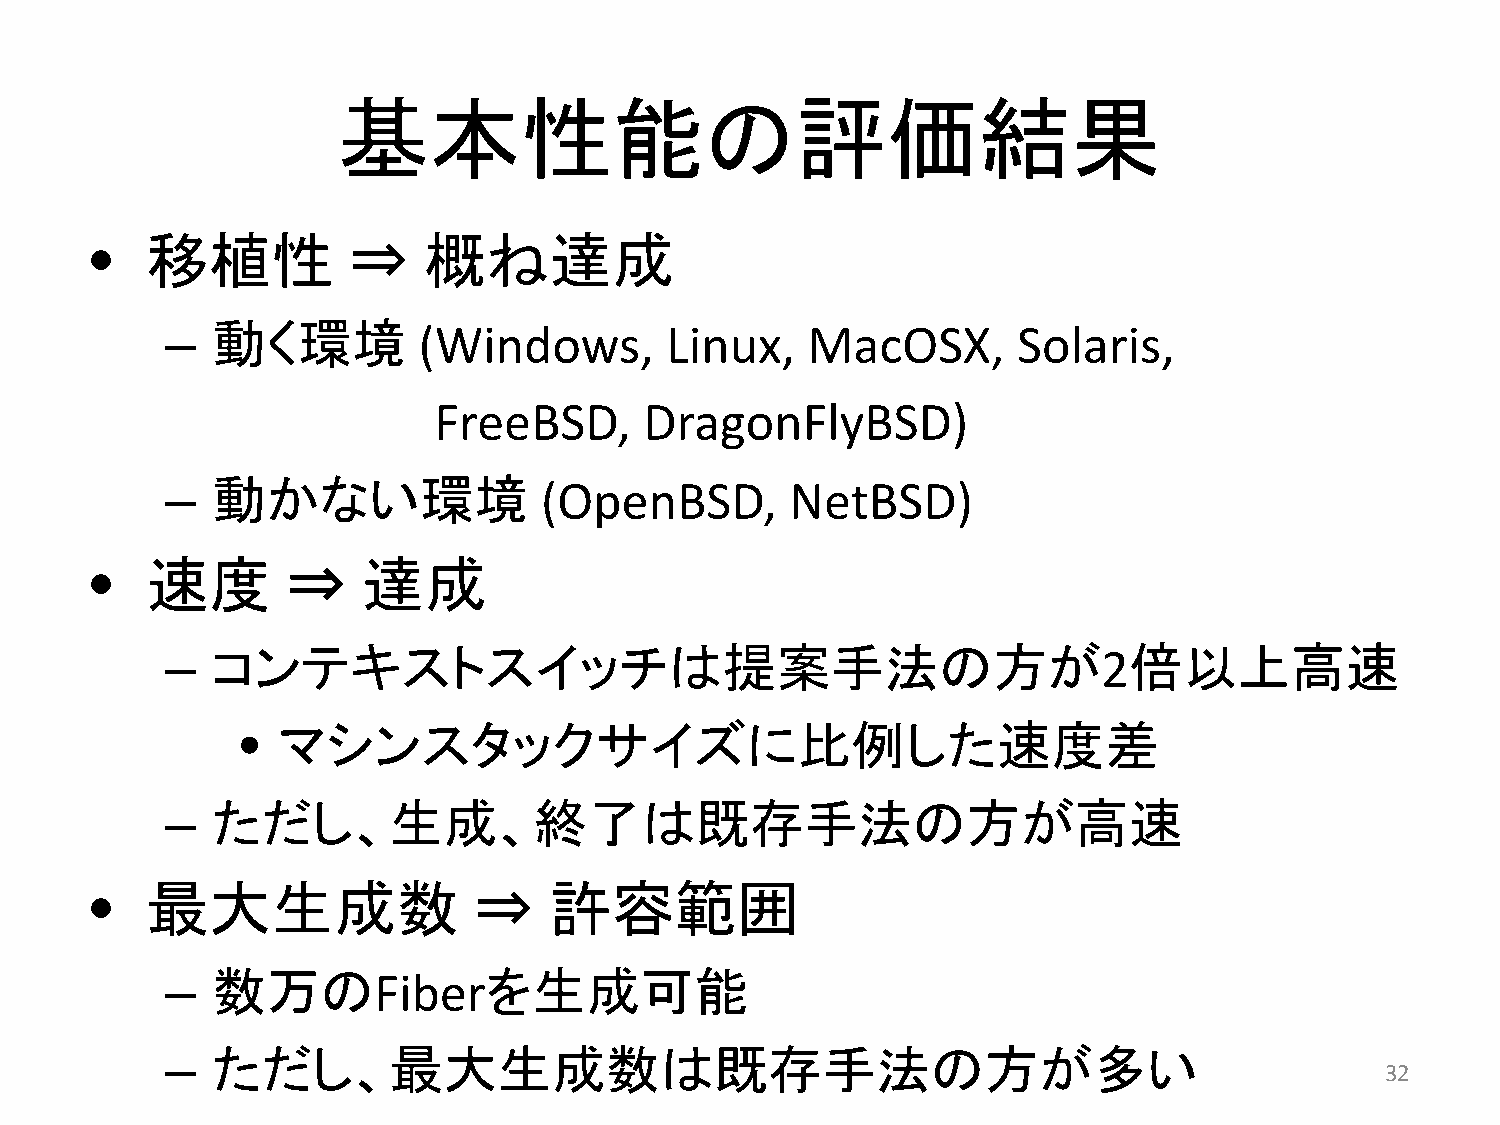
基本性能の評価結果
 •   移植性          ⇒     概ね達成
 –  動く環境          (Windows,        Linux,   MacOSX,       Solaris,
 FreeBSD,      DragonFlyBSD)
 –  動かない環境                (OpenBSD,        NetBSD)
 •   速度       ⇒    達成
 –  コンテキストスイッチは提案手法の方が2倍以上高速
 •  マシンスタックサイズに比例した速度差
 –  ただし、生成、終了は既存手法の方が高速
 •   最大生成数                 ⇒    許容範囲
 –  数万のFiberを生成可能
 –  ただし、最大生成数は既存手法の方が多い
 32